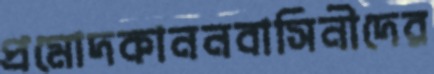
প্রমোদকাননবাসিনীদের